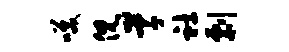
笑倪草社剽